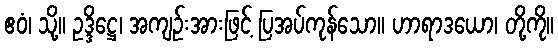
ဧဝံ၊ သို့။ ဥဒ္ဒိဋ္ဌေ၊ အကျဉ်းအားဖြင့် ပြအပ်ကုန်သော။ ဟာရာဒယော၊ တို့ကို။